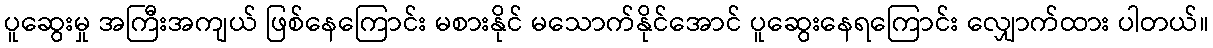
ပူဆွေးမှု အကြီးအကျယ် ဖြစ်နေကြောင်း မစားနိုင် မသောက်နိုင်အောင် ပူဆွေးနေရကြောင်း လျှောက်ထား ပါတယ်။